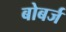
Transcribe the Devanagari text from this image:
बोबर्ज